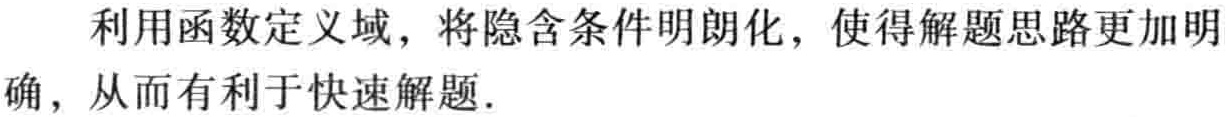
利用函数定义域，将隐含条件明朗化，使得解题思路更加明确，从而有利于快速解题．